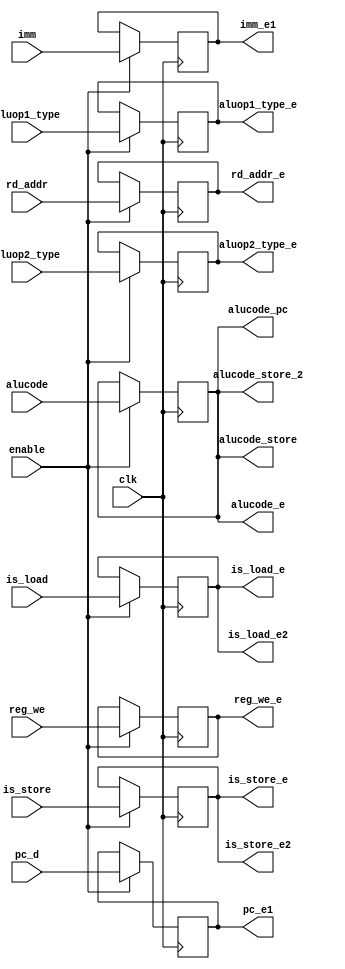
module E(input wire clk, input wire enable, input wire[31:0] pc_d,
input wire [4:0] rd_addr, input wire [31:0] imm, input wire [5:0] alucode,
input wire [1:0] aluop1_type, input wire [1:0] aluop2_type, input wire reg_we,
input wire is_load, input wire is_store,
output wire is_load_e, output wire is_store_e, output wire [4:0] rd_addr_e, output wire reg_we_e, output wire [5:0] alucode_store,
output wire [31:0] pc_e1, output wire [31:0] imm_e1, output wire [1:0] aluop1_type_e, output wire [1:0] aluop2_type_e, 
output wire [5:0] alucode_e,
output wire [5:0] alucode_pc,
output wire is_load_e2, output wire is_store_e2, output wire [5:0] alucode_store_2);
    reg [31:0] reg_pc_e;
    reg [4:0] reg_rd_addr;
    reg [31:0] reg_imm;
    reg [5:0] reg_alucode;
    reg [1:0] reg_aluop1_type;
    reg [1:0] reg_aluop2_type;
    reg reg_reg_we;
    reg reg_load;
    reg reg_store;

    always @(posedge clk) begin
        if (enable) begin
            reg_pc_e <= pc_d;
            reg_rd_addr <= rd_addr;
            reg_imm <= imm;
            reg_alucode <= alucode;
            reg_aluop1_type <= aluop1_type;
            reg_aluop2_type <= aluop2_type;
            reg_reg_we <= reg_we;
            reg_load <= is_load;
            reg_store <= is_store;
        end
    end
    assign pc_e1 = reg_pc_e;
    assign imm_e1 = reg_imm;
    assign aluop1_type_e = reg_aluop1_type;
    assign aluop2_type_e = reg_aluop2_type;

    assign is_load_e = reg_load;
    assign is_store_e = reg_store;
    assign rd_addr_e = reg_rd_addr;
    assign reg_we_e = reg_reg_we;
    assign alucode_store = reg_alucode;

    assign alucode_e = reg_alucode;
    assign alucode_pc = reg_alucode;

    assign is_load_e2 = reg_load;
    assign is_store_e2 = reg_store;
    assign alucode_store_2 = reg_alucode;
endmodule